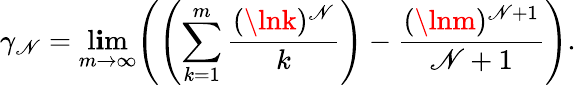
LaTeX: \gamma_{\mathscr{N}}=\operatorname*{l\mathbf{i}m}_{m\rightarrow\infty}{\left(\left(\sum_{k=1}^{m}{\frac{{(\lnk)^{\mathscr{N}}}}{{k}}}\right)-{\frac{{(\lnm)^{\mathscr{N}+1}}}{{\mathscr{N}+1}}}\right)}.